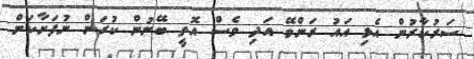
ސަރުކާރުން އެޅި އައު ރަންވޭ އަދި ވެސް އޮތީ ބޭނުން ކުރަން ނުފަށާކަން